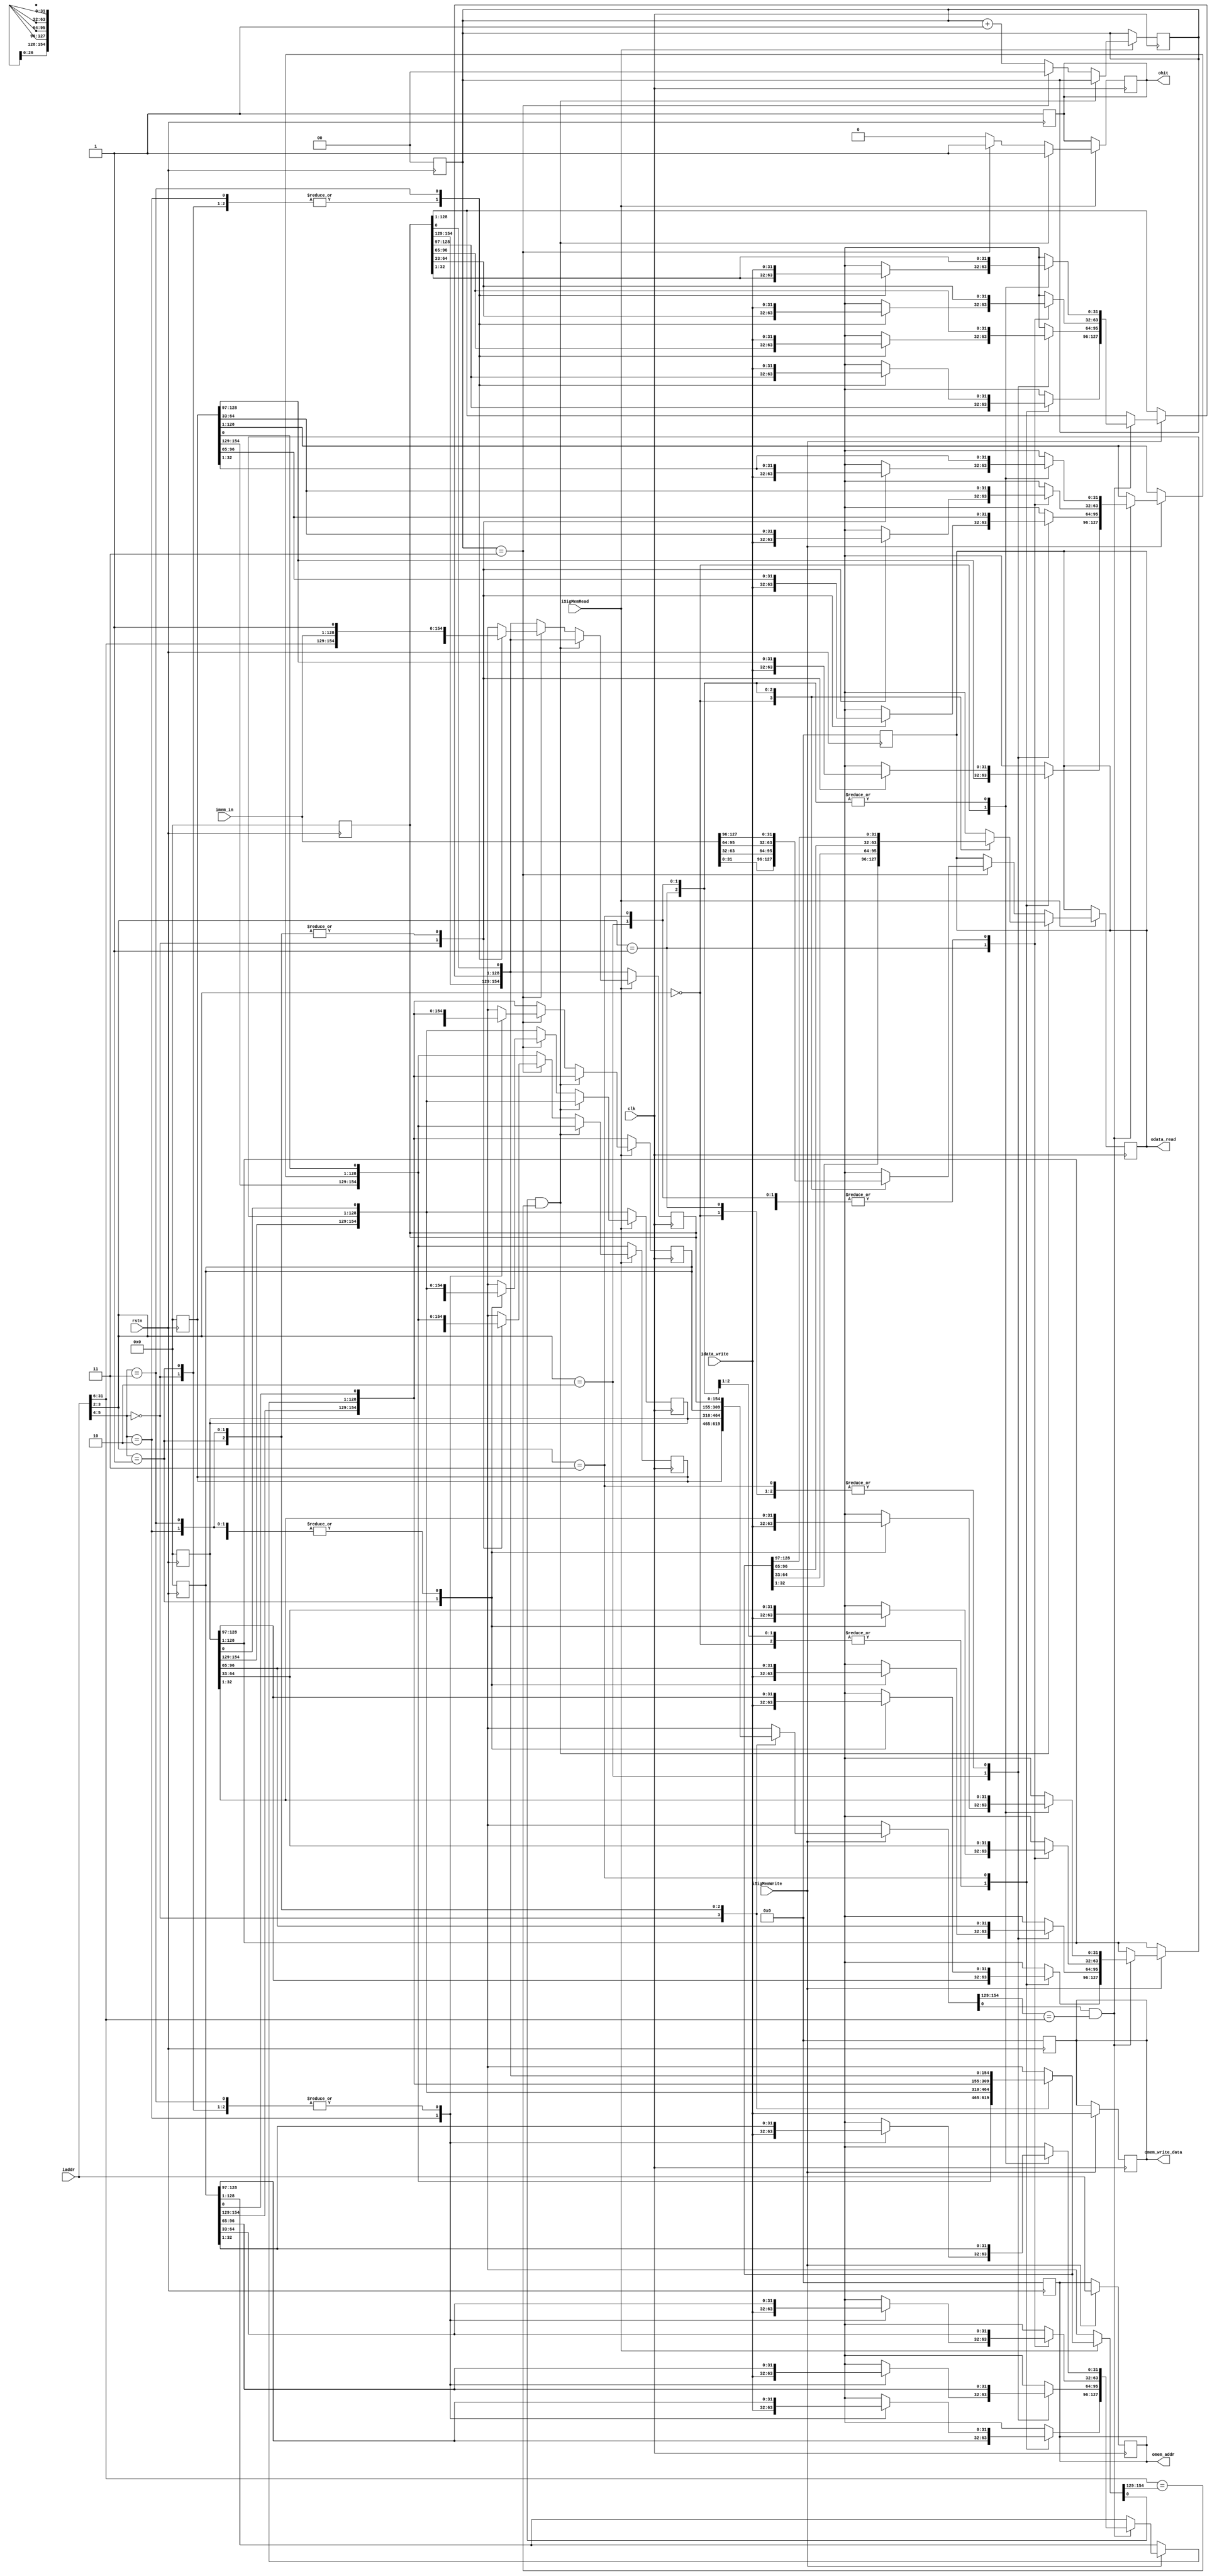
`timescale 1ns / 1ps

module DataCache(clk,
                 rstn,
                 iaddr,
                 idata_write,
                 ohit,
                 omem_addr,
                 imem_in,
                 omem_write_data,
                 odata_read,
                 iSigMemRead,
                 iSigMemWrite);
   input clk, rstn;
   input [31:0] iaddr;  // RW: address to read/write data from/to
   input [31:0] idata_write;  // W: data to write to iaddr address
   input [127:0] imem_in;  // R: data read from RAM in case of miss
   input iSigMemRead, iSigMemWrite;  // shoud I read/write?
   output reg ohit;  // R: data is available
   output reg [31:0] omem_addr;  // W: address to read/write 
                                 // data(omem_write_data) from/to RAM
   output reg [31:0] omem_write_data;  // W: data to write to RAM, in omem_addr
   output reg [31:0] odata_read;  // R: data read from RAM, using iaddr
   
   reg [154:0] content[3:0];
   reg [1:0] counter;

   integer i;

   always @(negedge rstn) begin
      omem_addr = 0;
      odata_read = 0;
      omem_write_data = 0;
      ohit = 1;
      counter = 0;
      for (i = 0; i < 4; i = i + 1) begin
         content[i] = 0;
      end
   end

   always @(posedge clk) begin
      if (iSigMemWrite) begin
        // write to ram
        omem_write_data = idata_write;
        omem_addr = iaddr;
        // update cache
         if (content[iaddr[5:4]][0] == 1'b1 &&
            content[iaddr[5:4]][154:129] == iaddr[31:6]) begin
            case (iaddr[3:2])
               2'b00 : content[iaddr[5:4]][32:1]   = idata_write;
               2'b01 : content[iaddr[5:4]][64:33]  = idata_write;
               2'b10 : content[iaddr[5:4]][96:65]  = idata_write; 
               2'b11 : content[iaddr[5:4]][128:97] = idata_write;
            endcase
         end
          // ohit = 1;
        // end else  // if tag
        //   ohit = 0;

      end // if iSigMemWrite
      // ~~~~~~~~~~~~~~~~~~~~~~~~~~~~~~~~~~~~~~~~~~~~~~~~~~~~~~~~~~~~
      if (iSigMemRead) begin
         if (content[iaddr[5:4]][0] == 1'b1 &&
            iaddr[31:6] == content[iaddr[5:4]][154:129]) begin // hit? 
            case (iaddr[3:2])
               2'b00 : odata_read = content[iaddr[5:4]][32:1];
               2'b01 : odata_read = content[iaddr[5:4]][64:33];
               2'b10 : odata_read = content[iaddr[5:4]][96:65];
               2'b11 : odata_read = content[iaddr[5:4]][128:97];
            endcase
            ohit = 1;
         end else begin  // miss
            ohit = 0;
            if (counter == 3) begin
               content[iaddr[5:4]] = {iaddr[31:6],
                                      imem_in,
                                      1'b1};
               counter = 0;
               case (iaddr[3:2])
                  2'b00 : odata_read = imem_in[31:0];
                  2'b01 : odata_read = imem_in[63:32];
                  2'b10 : odata_read = imem_in[95:64];
                  2'b11 : odata_read = imem_in[127:96];
               endcase
               ohit = 1;
            end else begin
               counter = counter + 1;
            end  // if counter
         end  // if miss
      end  // if iSigMemRead
   end  // always


endmodule // main